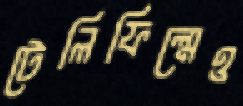
টেলিফিল্মেও